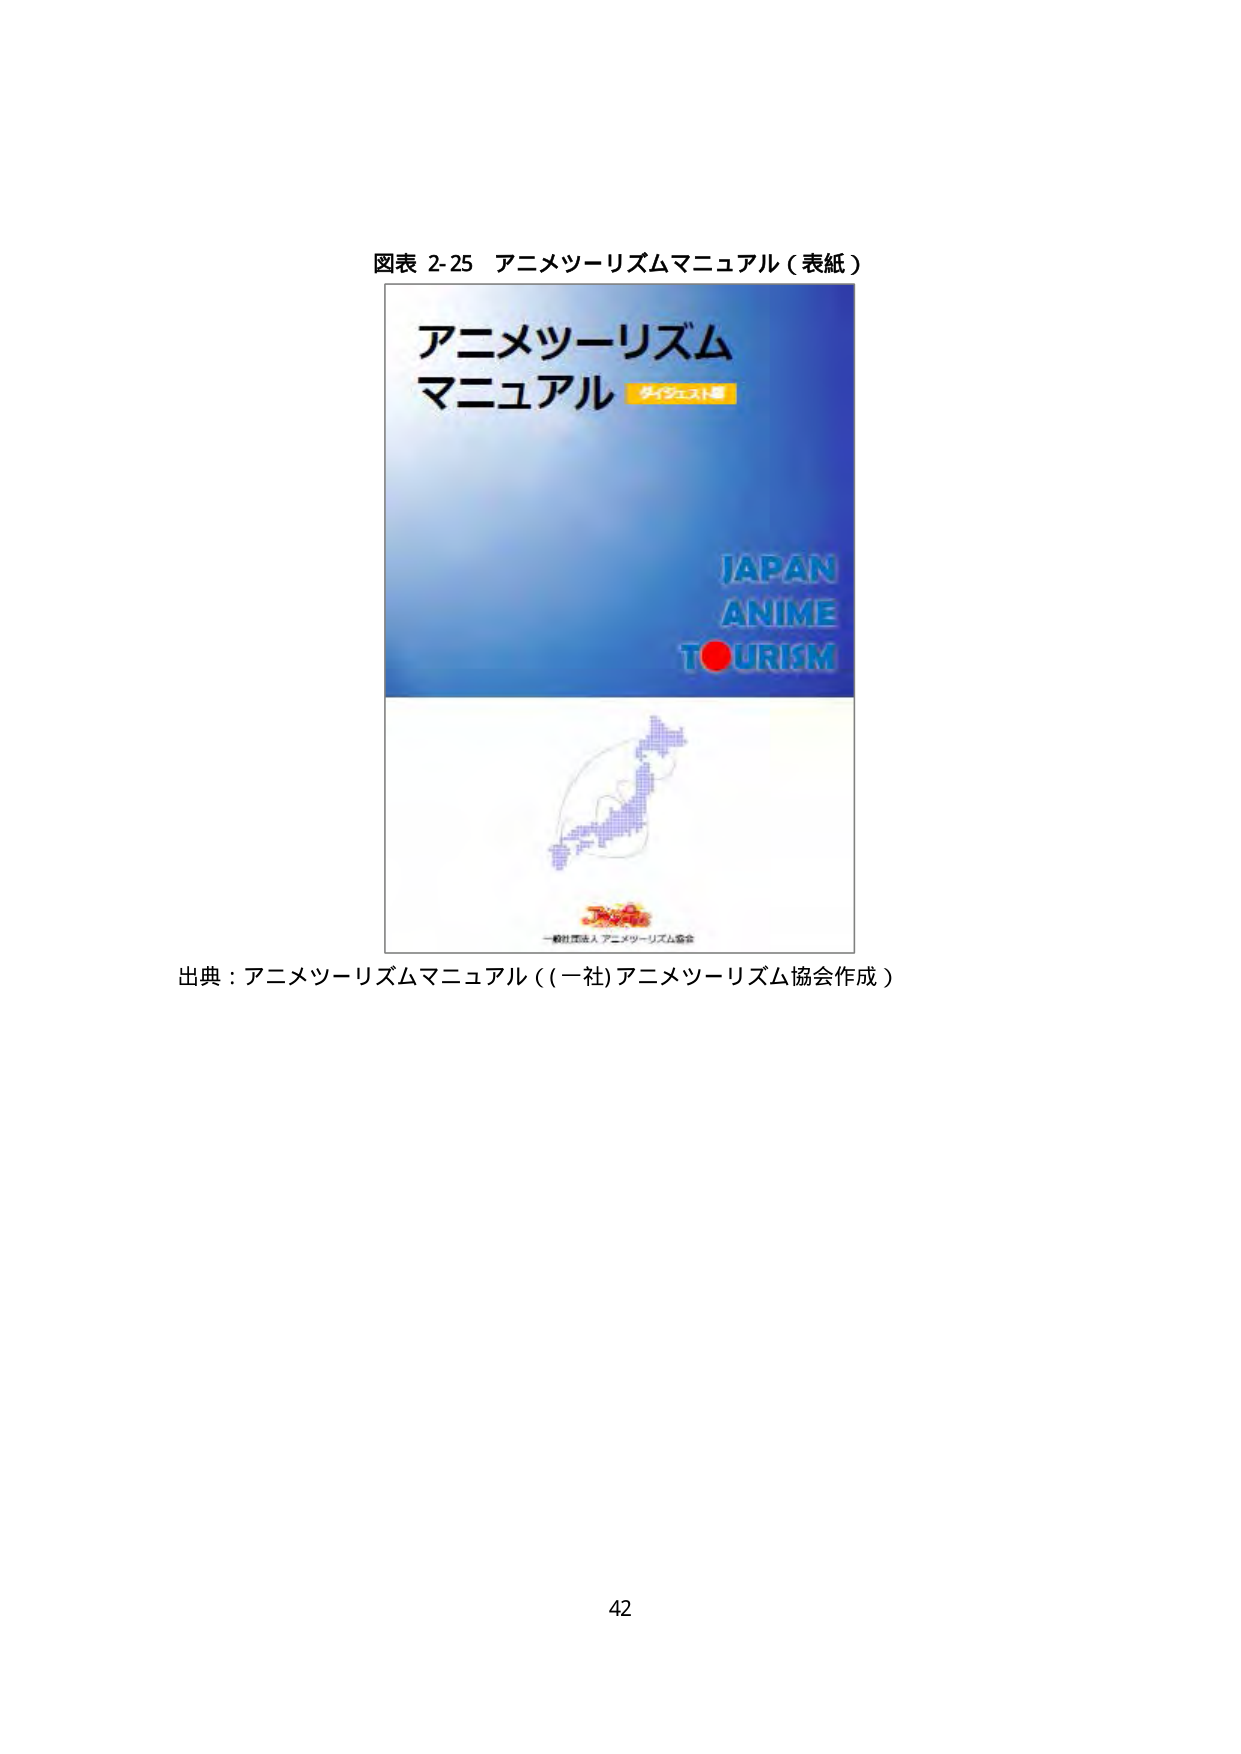
図表 2-25 アニメツーリズムマニュアル（表紙）

アニメツーリズム
マニュアル ダイジェスト版

JAPAN
ANIME
TOURISM

一般社団法人 アニメツーリズム協会

出典：アニメツーリズムマニュアル（(一社)アニメツーリズム協会作成）

42